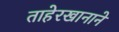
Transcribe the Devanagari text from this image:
ताहेरखानाने